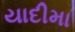
યાદીમા